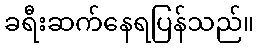
ခရီးဆက်နေရပြန်သည်။